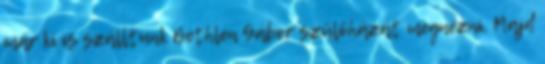
már ki is szálltunk Bethlen Gábor szülőházát megnézni. Majd